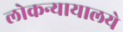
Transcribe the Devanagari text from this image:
लोकन्यायालये